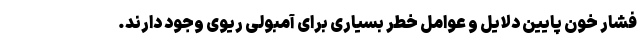
فشار خون پایین دلایل و عوامل خطر بسیاری برای آمبولی ریوی وجود دارند.